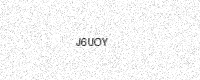
Text: J6UOY